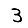
Digit: 3